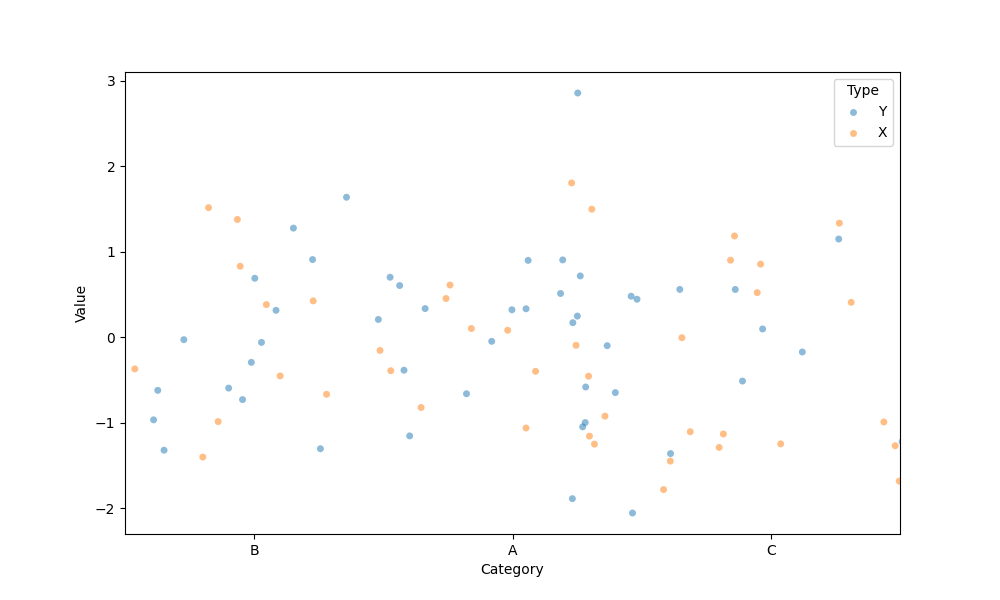
python, seaborn, stripplot, jitter=True, dodge=False, alpha=0.5, size=5